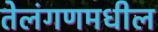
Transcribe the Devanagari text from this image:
तेलंगणमधील